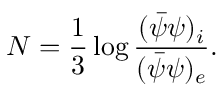
N = \frac { 1 } { 3 } \log \frac { ( \bar { \psi } { \psi } ) _ { i } } { ( \bar { \psi } { \psi } ) _ { e } } .